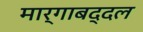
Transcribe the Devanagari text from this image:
मार्गाबद्दल